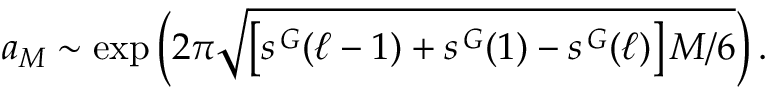
a _ { M } \sim \exp \left( 2 \pi \sqrt { \left[ s ^ { \, \cal G } ( \ell - 1 ) + s ^ { \, \cal G } ( 1 ) - s ^ { \, \cal G } ( \ell ) \right] M / 6 } \right) .